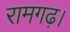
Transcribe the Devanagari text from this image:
रामगढ़।